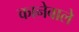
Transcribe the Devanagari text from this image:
कानेवाले